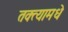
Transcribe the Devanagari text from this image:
तक्त्यामधे